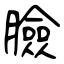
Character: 臉